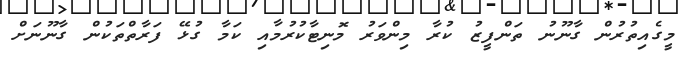
މީގެއިތުރުން ގާނޫނު ތަންފީޒު ކުރާ މިންވަރު މޮނިޓާކުރުމާއި ކަމާ ގުޅޭ ފަރާތްތަކުން ގާނޫނަށް